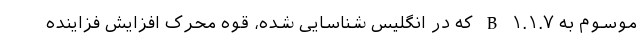
موسوم به B ۱.۱.۷ که در انگلیس شناسایی شده، قوه محرک افزایش فزاینده